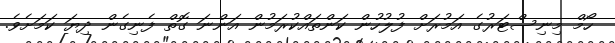
ހޯމް މިނިސްޓަރުގެ އަމުރަށް ފުލުހުން ކަންތައްކުރަމުން އަންނަ ގޮތް ފެނިގެން ދިޔަ ކަމަށެވެ.